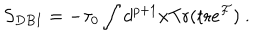
LaTeX: S _ { D B I } = - { \tau _ { 0 } } \int d ^ { p + 1 } x \mathrm { T r } ( \mathrm { t r } e ^ { { \cal F } } ) \ .